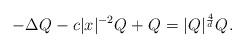
LaTeX: \begin{align*}-\Delta Q_{} - c|x|^{-2} Q_{} + Q_{} = |Q_{}|^{\frac{4}{d}} Q_{}. \end{align*}